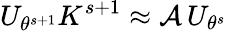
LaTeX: U_{\theta^{s+1}}K^{s+1}\approx\mathcal{A}\, U_{\theta^{s}}